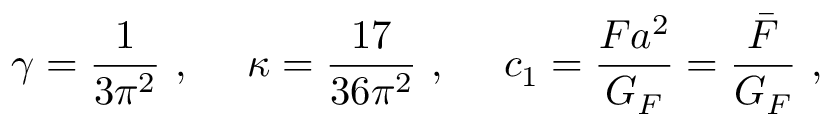
\gamma = \frac { 1 } { 3 \pi ^ { 2 } } ~ , ~ ~ ~ ~ \kappa = \frac { 1 7 } { 3 6 \pi ^ { 2 } } ~ , ~ ~ ~ ~ c _ { 1 } = \frac { { F } a ^ { 2 } } { G _ { F } } = \frac { \bar { F } } { G _ { F } } ~ ,